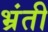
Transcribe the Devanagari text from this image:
भ्रंती